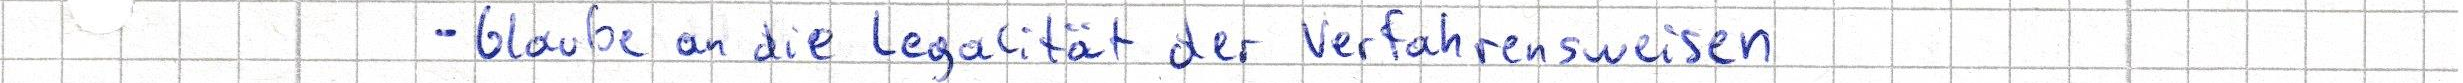
- Glaube an die Legalität der Verfahrensweisen